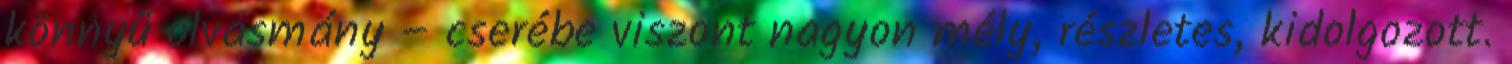
könnyű olvasmány – cserébe viszont nagyon mély, részletes, kidolgozott.